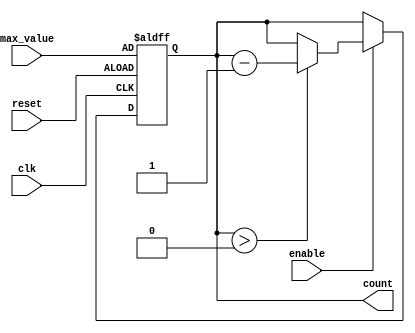
module decremental_counter (
    input wire clk,               // Clock signal
    input wire reset,             // Asynchronous reset signal
    input wire enable,            // Control signal to enable counting
    input wire [7:0] max_value,   // Configurable maximum value (8-bit for example)
    output reg [7:0] count        // Current count value (8-bit for example)
);

    // Sequential logic for the counter
    always @(posedge clk or posedge reset) begin
        if (reset) begin
            // Reset the count to max_value
            count <= max_value;
        end else if (enable) begin
            // Decrement the counter if it is greater than 0
            if (count > 0) begin
                count <= count - 1;
            end
            // If count is 0, it remains 0 (no need to explicitly assign)
        end
    end

endmodule